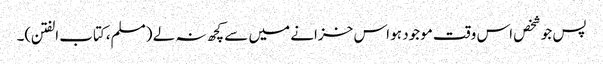
پس جو شخص اس وقت موجود ہو اس خزانے میں سے کچھ نہ لے (مسلم،کتاب الفتن)۔